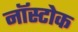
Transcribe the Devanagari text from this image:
नॉस्टोक